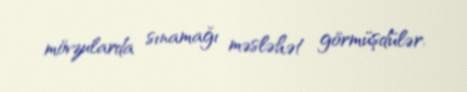
mövzularda sınamağı məsləhət görmüşdülər.